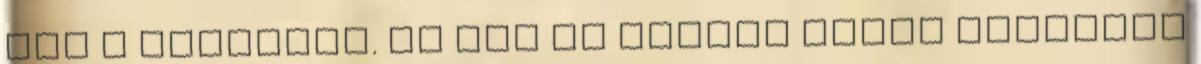
van a fellépés. Ma van az utolsó próba Legalább